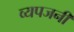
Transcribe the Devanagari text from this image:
व्यपजनी